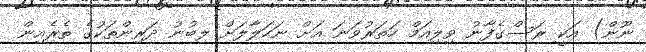
ނޫން) އަކީ ރަސްގެފާނު ވިލިއަމް ހަތަރުވަނަ އަށް ނަހަލާލަށް ލިބުނު ދަރިންތަކުގެ ތެރެއިން